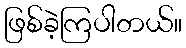
ဖြစ်ခဲ့ကြပါတယ်။